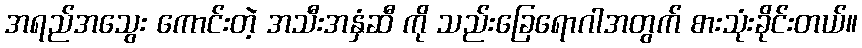
အရည်အသွေး ကောင်းတဲ့ အသီးအနှံဆီ ကို သည်းခြေရောဂါအတွက် စားသုံးခိုင်းတယ်။